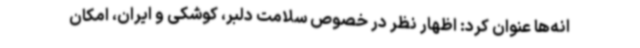
انه‌ها عنوان کرد: اظهار نظر در خصوص سلامت دلبر، کوشکی و ایران، امکان